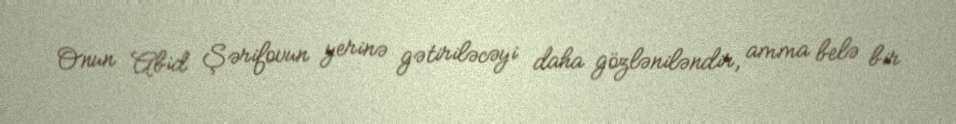
Onun Abid Şərifovun yerinə gətiriləcəyi daha gözləniləndir, amma belə bir